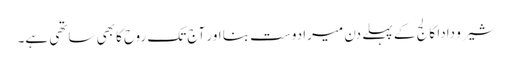
شیرو دادا کالج کے پہلے دن میرا دوست بنا اور آج تک روح کا بھی ساتھی ہے۔